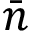
\bar { n }